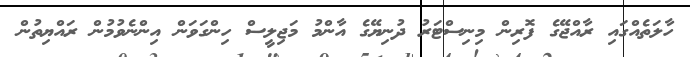
ހާލަތެއްގައި ރާއްޖޭގެ ފޮރިިން މިނިސްޓަރު ދުނިޔޭގެ އާންމު މަޖިލީސް ހިންގަވަން އިންނެވުމުން ރައްޔިތުން